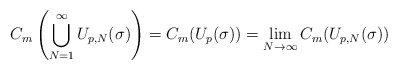
\begin{align*} C_m\left(\bigcup_{N=1}^\infty U_{p,N}(\sigma)\right)=C_m(U_p(\sigma))=\lim\limits_{N\to\infty}C_m(U_{p,N}(\sigma)) \end{align*}